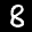
Label: 8